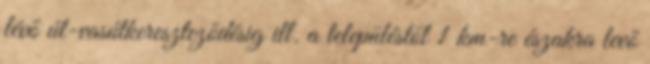
lévő út-vasútkereszteződésig ill. a településtől 1 km-re északra levő